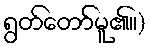
ရွတ်တော်မူ၏။)